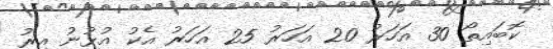
ކޮބައިތޯ 30 އަހަރު 20 އަހަރު 25 އަހަރު އެކު އުޅުނު އިރު